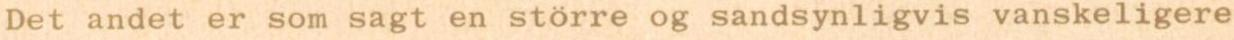
Det andet er som sagt en större og sandsynligvis vanskeligere